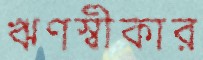
ঋণস্বীকার